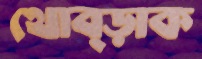
থোব্‌ড়াক